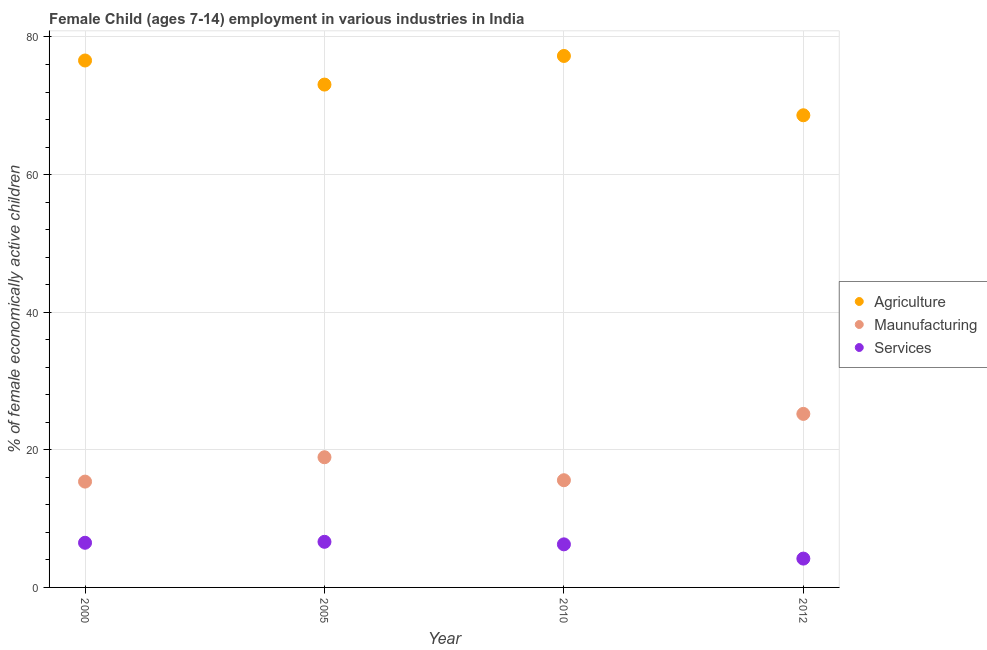
| Year | Agriculture | Maunufacturing | Services |
 | --- | --- | --- | --- |
 | 2000 | 76.6 | 15.4 | 6.49 |
 | 2005 | 73.1 | 18.9 | 6.63 |
 | 2010 | 77.2 | 15.6 | 6.26 |
 | 2012 | 68.6 | 25.2 | 4.19 |